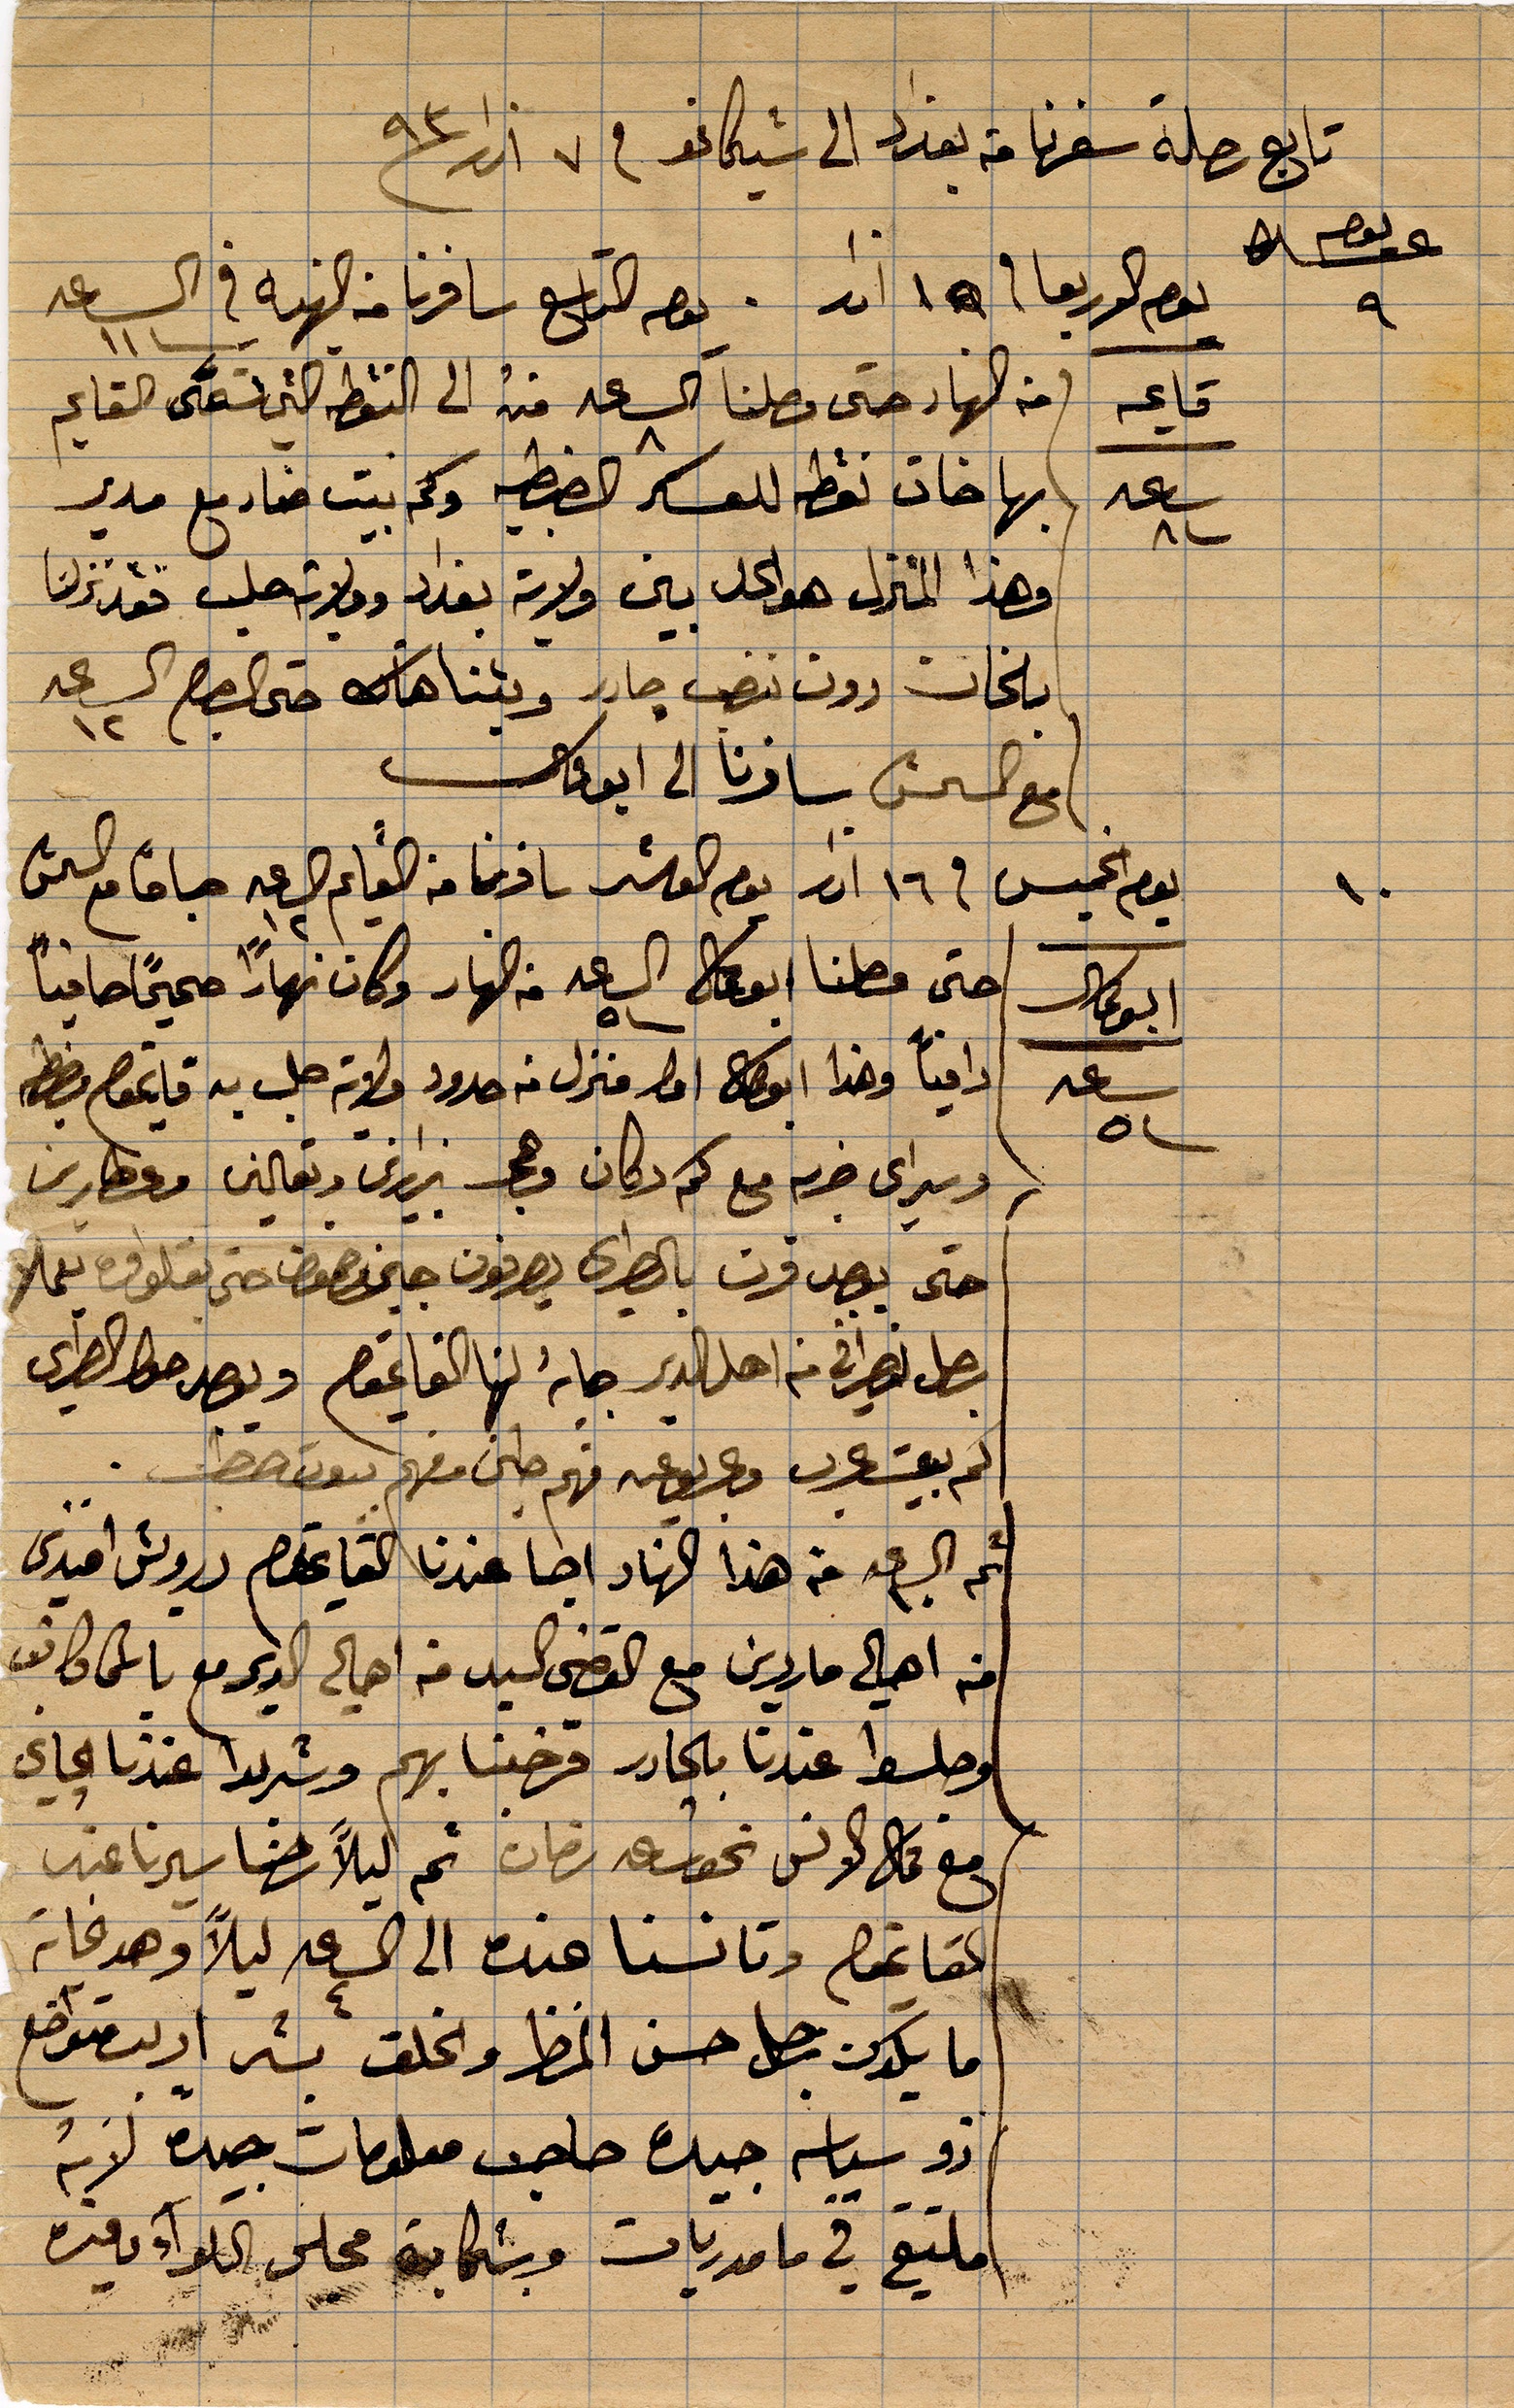
تابع رحلة سفرنا من بغداد الى شيكاغو في ٧ اذار ١٨٩٣
يوم الاربعا في ١٥ اذار. يوم التاسع سافرنا من النهار في الساعة
تاسعة من النهار حتى وصلنا الى .. الى النقطة التي تسمى القايم
بها خان نقطة للعسكر الضبطية وكم بيت ...
وهذا المنزل هو كل بين ولاية بغداد وولاية حلب فقد نزلنا
بلخان دون .. بتنا هناك حتى الليل الساعة ١٢
مع ... سافرنا الى ابوو علي
يم الخميس في ١٦ اذار يوم العاشر سافرنا من القايم الساعة ١٠ صباحًا مع ...
أبو علي حتى وصلنا أبو علي الساعة ٥ من النهار وكان نهارًأ صحيحًا صافيًا
دافيًا وهذا أبو علي ... منزل في حدود ولاية حلب بعد قايم
وسيراي خربة مع كم دكان و...زارين ونعالين وعطارين
حتى يقصدون بالطيري يصرفون ...حتى ...
يصل نصراني من اهل الدير جاية لها القايمقم ...
انهم ... فهم طحين معهم بيوت قط
ثم بسرعة من هذا النار اجا عندنا القايمقم درويش افندي
من أهالي ماردين مع القضي السيد من أهالي الدير ما ...
وصلوا عندنا بالجادر فرحبنا بهم وشربنا ...
مع عمال الانس نحو ساعة ... ثم ليلًا رحنا سيرنا عند
القايمقم وتانسنا عنده الى الساعة ٤ ليلًا وهو غاية
ما يكون رجل حسن المنظر والخلق بشر ومتواضع
ذو سياسة جيدة صاحب معلومات جيدة لانه
ملتقي في مامدريات وشجاعة مجلس اللواء وفيرة